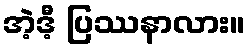
အဲ့ဒီ့ ပြဿနာလား။